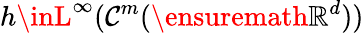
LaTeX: h\inL^{\infty}(\mathcal{C}^{m}(\ensuremath{{\mathbb{{R}}}}^{d}))